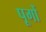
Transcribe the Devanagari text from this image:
पूगों